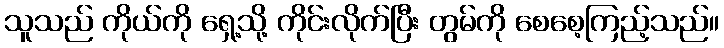
သူသည် ကိုယ်ကို ရှေ့သို့ ကိုင်းလိုက်ပြီး တွမ်ကို စေစေ့ကြည့်သည်။